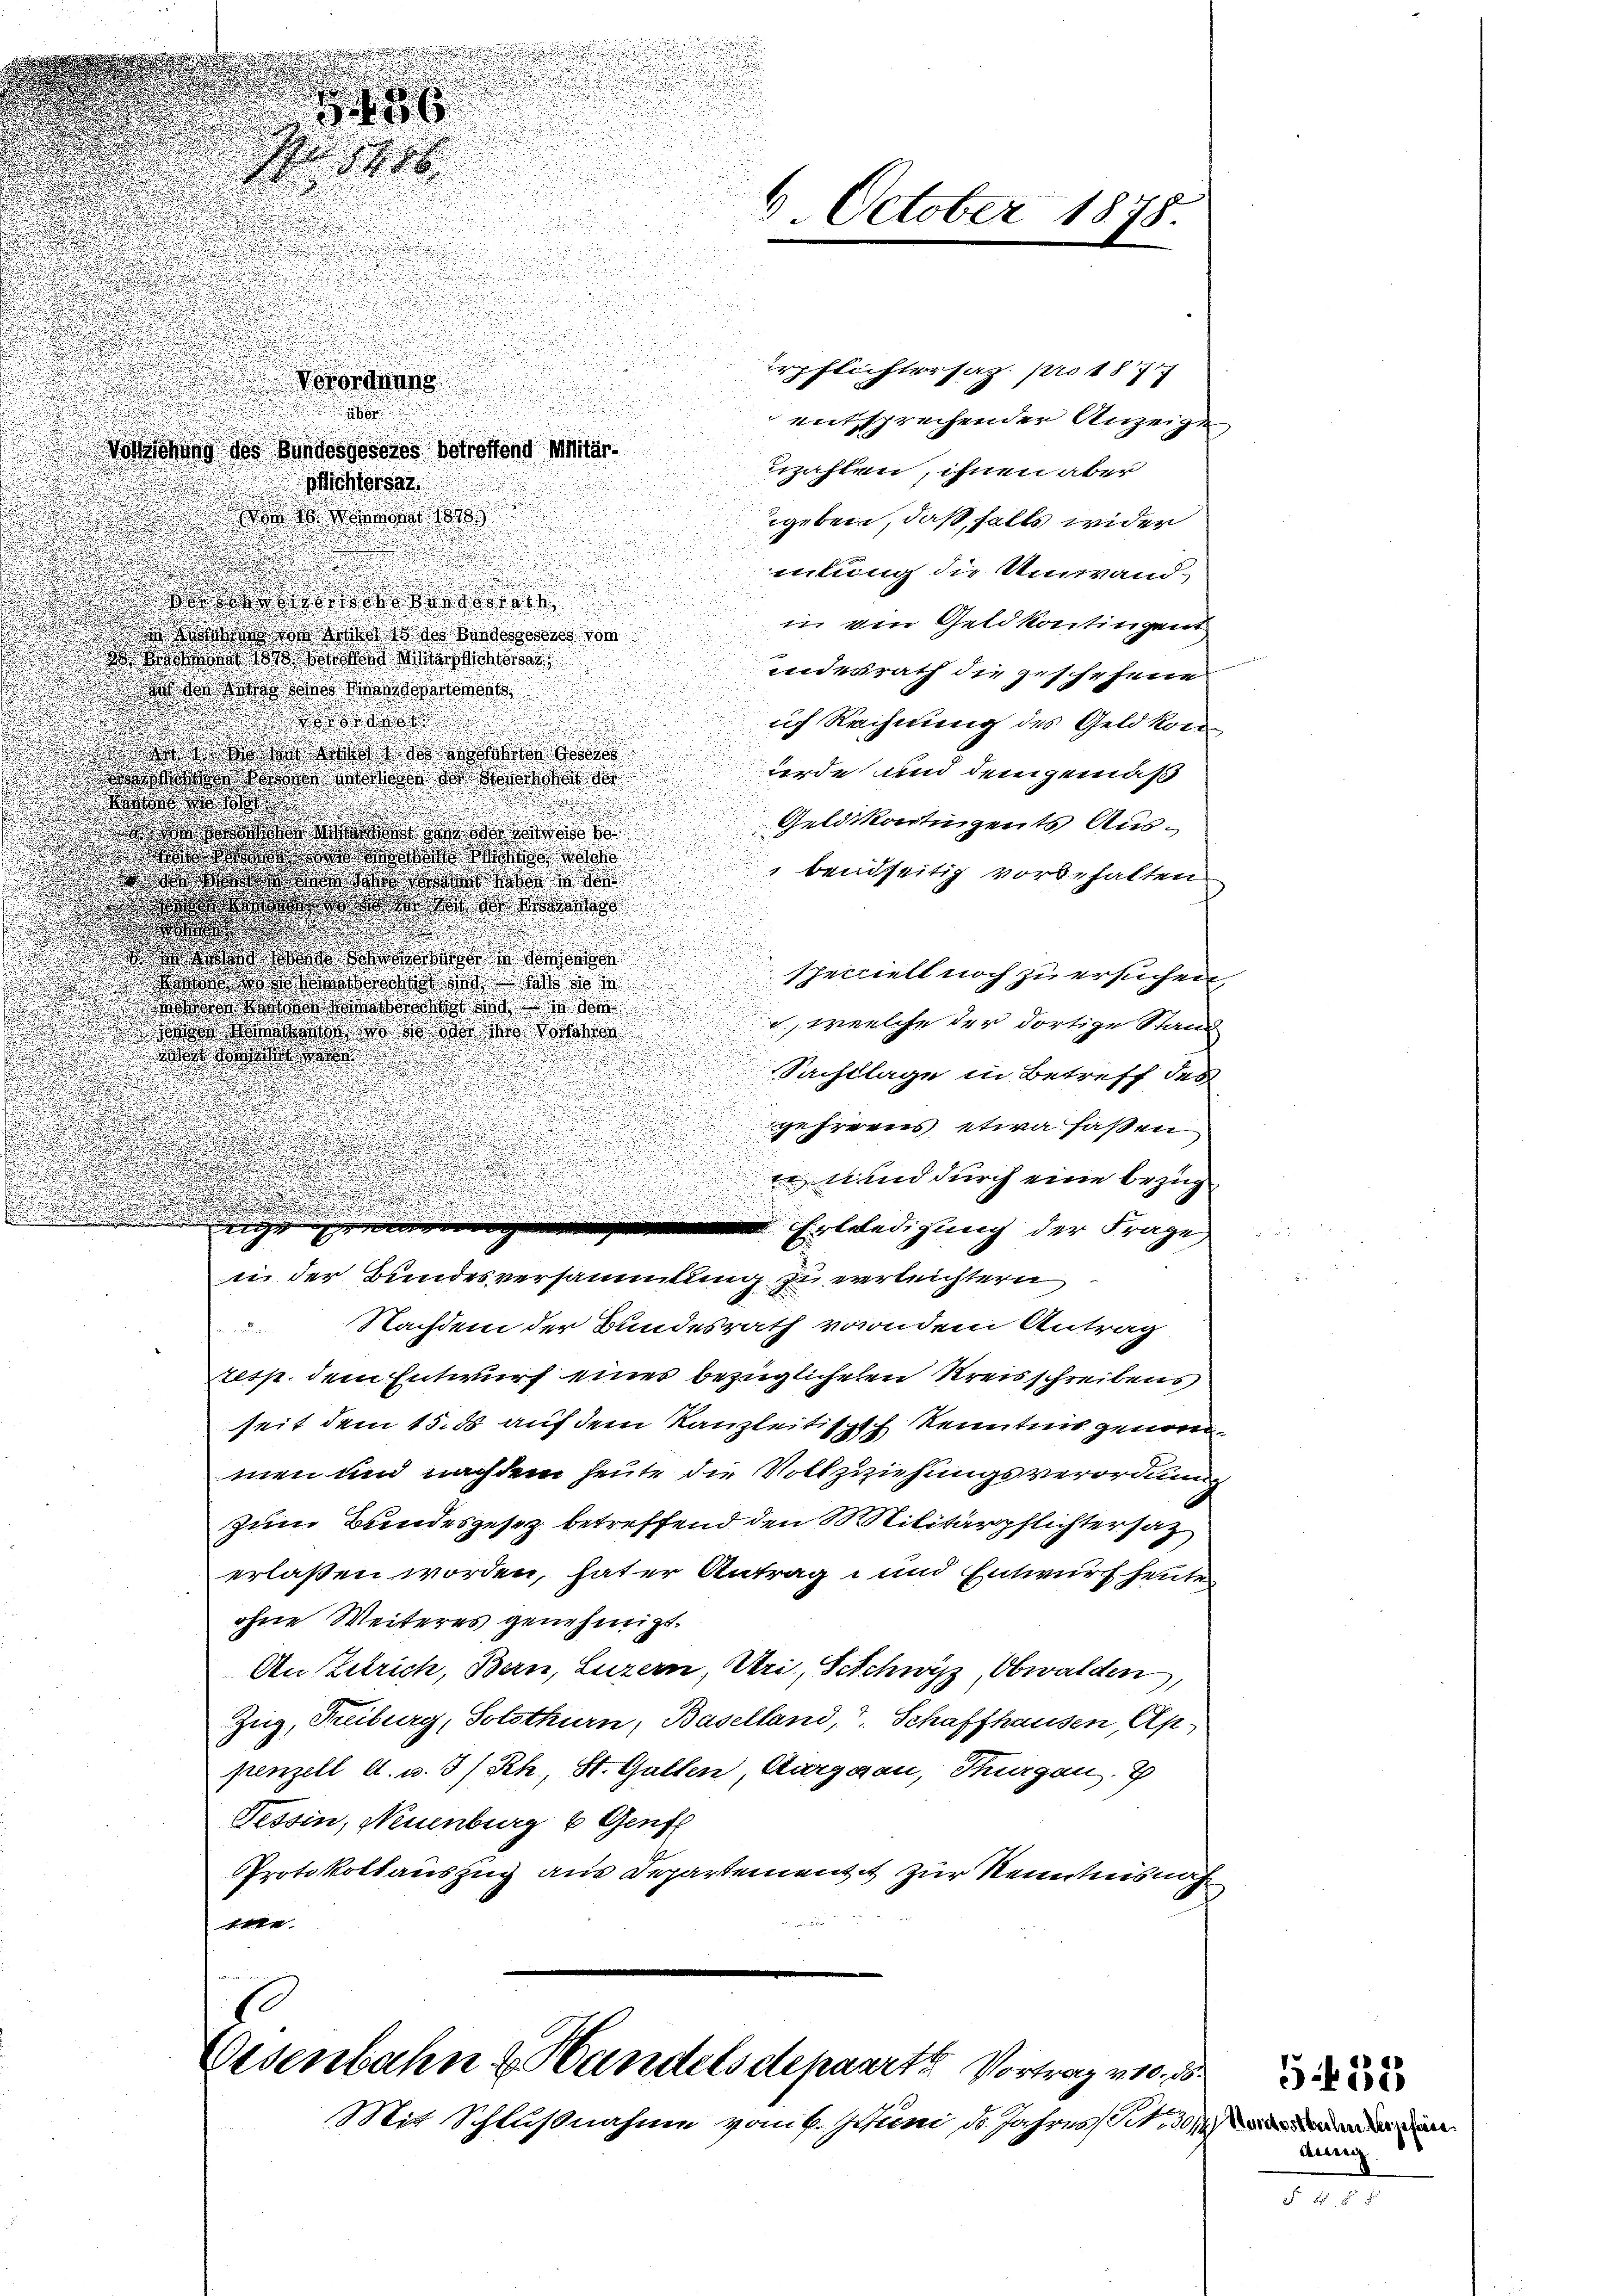
erordnung.

doristung des Bundesgesores betreffend Militär¬
u
uzahlen, ihnen aber
Wichtersat
 1. Marien 1818.
geben, daß falls wider
mlung die Umwand¬

o oder
in den Geld kontingent
 des
wrede weitet werde
indesrath die geschehene

 den Mietenen
der
ich Rechnung des Geld kom

de war des oder Ge
urde und demgemäß
de andert wird andere das Monate de
s
aba

Geldskontigents Aus¬
 waren

de

" beidseitig vorbehalten.
 as

dd er der
.
.

 was das
.
specielt noch zu ersuchen,
dass das Was so
.
 de mir die de
, welche der dortige Stand
 was war es so da des Toten
e
 wandten

Sachtlage in Betreff des
.

s
.

.
.
a

geferens etwa saßen
n

.

d
d
Und durch eine Bezug
u
u

.

u
Erledigung der Frage
ii der Bundesversammlung zu verleichtern
Nachdem der Bundesrath von dem Antrag
resp. dem Entwurf eines bezüglicheren Kreisschreibens
seit dem 15. ds auf dem Kanzleitisch kenntnis genommen und nachdem heute die Vollziehungsverordnung
zum Bundesgesez betreffend den Militärpflichtersatz
erlaßen worden, hater Antrag unnd Entwurf heute
ohne Weiteres genehmigt.
An Zutrich, Bern, Luzern, Uri, Schwyz, Obwalden,
Zug, Freiburg, Solothurn, Baselland, Schaffhausen Appenzell A. u. 3/Rh., St. Gallen Aargau, Thurgau.
Tessin, Neuenburg & Genf
Protokollauszug aus Departement zur Kenntnis nach
te

October 1878.
e

erpflichtersaz. pro 187
entsprechender Anzeige,

Eisenbahn & Wandels deharrte Vortrag 210. ds.

Mit Schlußnahme vom 6. Juni d. Jahres St. 30

Nordostbahn verpfase
dessen

5432

25 Fr